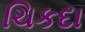
ચિકદા